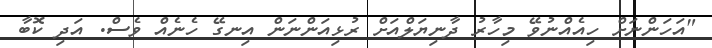
"އަހަންނަށް ހިއެއްނުވޭ މިހާރު ދާނިޔަލްއަށް ރުޅިއަންނަން އިނގޭ ހެނެއް ވެސް. އަދި ކޮބާ